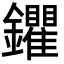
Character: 鑺